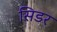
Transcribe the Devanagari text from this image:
सिडर